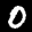
Label: 0